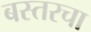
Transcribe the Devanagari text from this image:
बस्तरचा